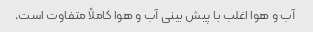
آب و هوا اغلب با پیش بینی آب و هوا کاملاً متفاوت است.